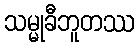
သမ္မုခီဘူတဿ